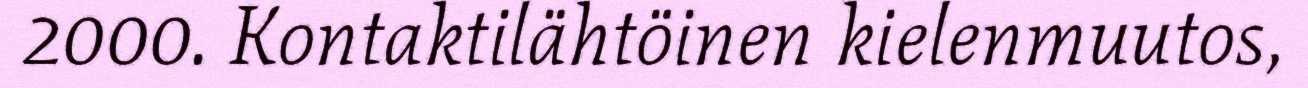
2000. Kontaktilähtöinen kielenmuutos,